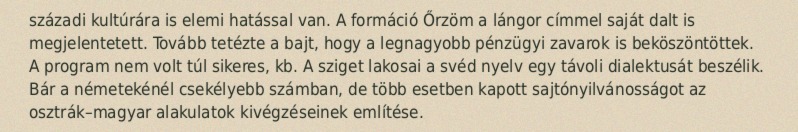
századi kultúrára is elemi hatással van. A formáció Őrzöm a lángor címmel saját dalt is megjelentetett. Tovább tetézte a bajt, hogy a legnagyobb pénzügyi zavarok is beköszöntöttek. A program nem volt túl sikeres, kb. A sziget lakosai a svéd nyelv egy távoli dialektusát beszélik. Bár a németekénél csekélyebb számban, de több esetben kapott sajtónyilvánosságot az osztrák–magyar alakulatok kivégzéseinek említése.